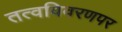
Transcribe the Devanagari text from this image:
तत्वविवरणपर